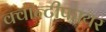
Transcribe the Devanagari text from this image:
क्वान्टीफायर